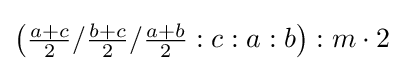
\left({\tfrac {a+c}{2}}/{\tfrac {b+c}{2}}/{\tfrac {a+b}{2}}:c:a:b\right):m\cdot 2